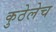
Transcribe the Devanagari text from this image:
कुठेलेच